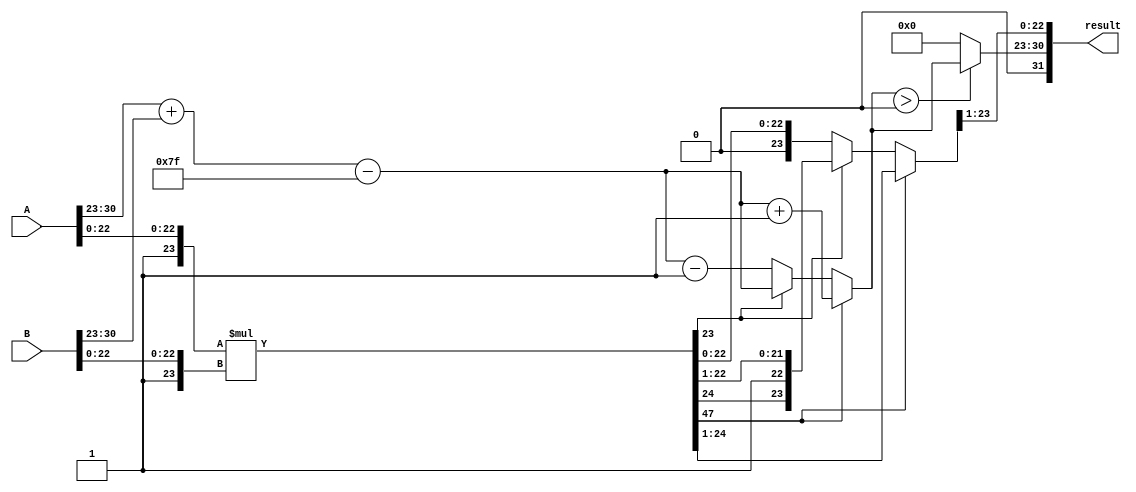
module floating_point_multiplier (
    input wire [31:0] A, // Single precision floating-point number (32 bits)
    input wire [31:0] B, // Single precision floating-point number (32 bits)
    output reg [31:0] result // Resultant floating-point number (32 bits)
);
    // IEEE 754 parameters
    localparam EXPONENT_BIAS = 127;
    localparam MANTISSA_WIDTH = 23;

    // Decompose input A
    wire sign_A = A[31];
    wire [7:0] exp_A = A[30:23];
    wire [MANTISSA_WIDTH:0] mant_A = {1'b1, A[22:0]}; // Adding implicit leading 1

    // Decompose input B
    wire sign_B = B[31];
    wire [7:0] exp_B = B[30:23];
    wire [MANTISSA_WIDTH:0] mant_B = {1'b1, B[22:0]}; // Adding implicit leading 1

    // Result sign calculation
    wire sign_result = sign_A ^ sign_B;

    // Result exponent calculation
    wire [8:0] exp_result = exp_A + exp_B - EXPONENT_BIAS; // 9-bits to avoid overflow

    // Mantissa multiplication
    wire [2*MANTISSA_WIDTH+1:0] mant_result = mant_A * mant_B; // 47 bits for product

    // Normalization
    reg [MANTISSA_WIDTH:0] mant_normalized; // 24 bits for normalized mantissa
    reg [7:0] exp_final;
    reg [1:0] shift;

    always @(*) begin
        // Check for normalization
        if (mant_result[2*MANTISSA_WIDTH+1]) begin
            // Overflow case: shift right
            mant_normalized = mant_result[2*MANTISSA_WIDTH:1]; // Right shift
            exp_final = exp_result + 1; // Increase exponent
        end else if (mant_result[MANTISSA_WIDTH]) begin
            // Normal case: keep mantissa as is
            mant_normalized = mant_result[2*MANTISSA_WIDTH:1];
            exp_final = exp_result;
        end else begin
            // Underflow case: left shift until mantissa is normalized
            mant_normalized = mant_result[2*MANTISSA_WIDTH-1:0]; // Left shift
            exp_final = exp_result - 1; // Decrease exponent
        end
    end

    // Rounding logic (simple, nearest even rounding)
    reg [MANTISSA_WIDTH:0] mant_rounded;
    
    always @(*) begin
        // Rounding can be complex; here we just truncate for simplicity
        mant_rounded = mant_normalized[MANTISSA_WIDTH:1]; // Simple rounding
    end

    // Assemble the final result
    always @(*) begin
        // Handle special cases (zero, inf, NaN) if needed
        result = {sign_result, 
                  ((exp_final > 0) ? exp_final : 0), // Check for underflow/overflow
                  mant_rounded[MANTISSA_WIDTH-1:0]}; // Only the relevant fraction bits
    end

endmodule